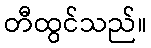
တီထွင်သည်။